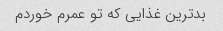
بدترین غذایی که تو عمرم خوردم